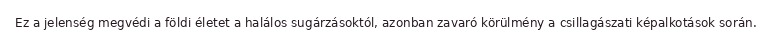
Ez a jelenség megvédi a földi életet a halálos sugárzásoktól, azonban zavaró körülmény a csillagászati képalkotások során.